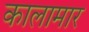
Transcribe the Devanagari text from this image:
कालामार